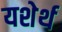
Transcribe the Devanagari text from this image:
यशेर्थ